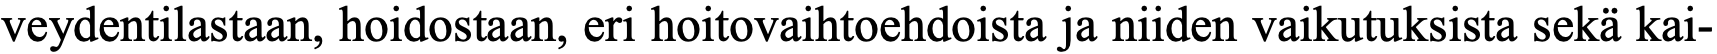
veydentilastaan, hoidostaan, eri hoitovaihtoehdoista ja niiden vaikutuksista sekä kai-